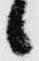
候